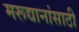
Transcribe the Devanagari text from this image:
मरूद्यानांसाठी